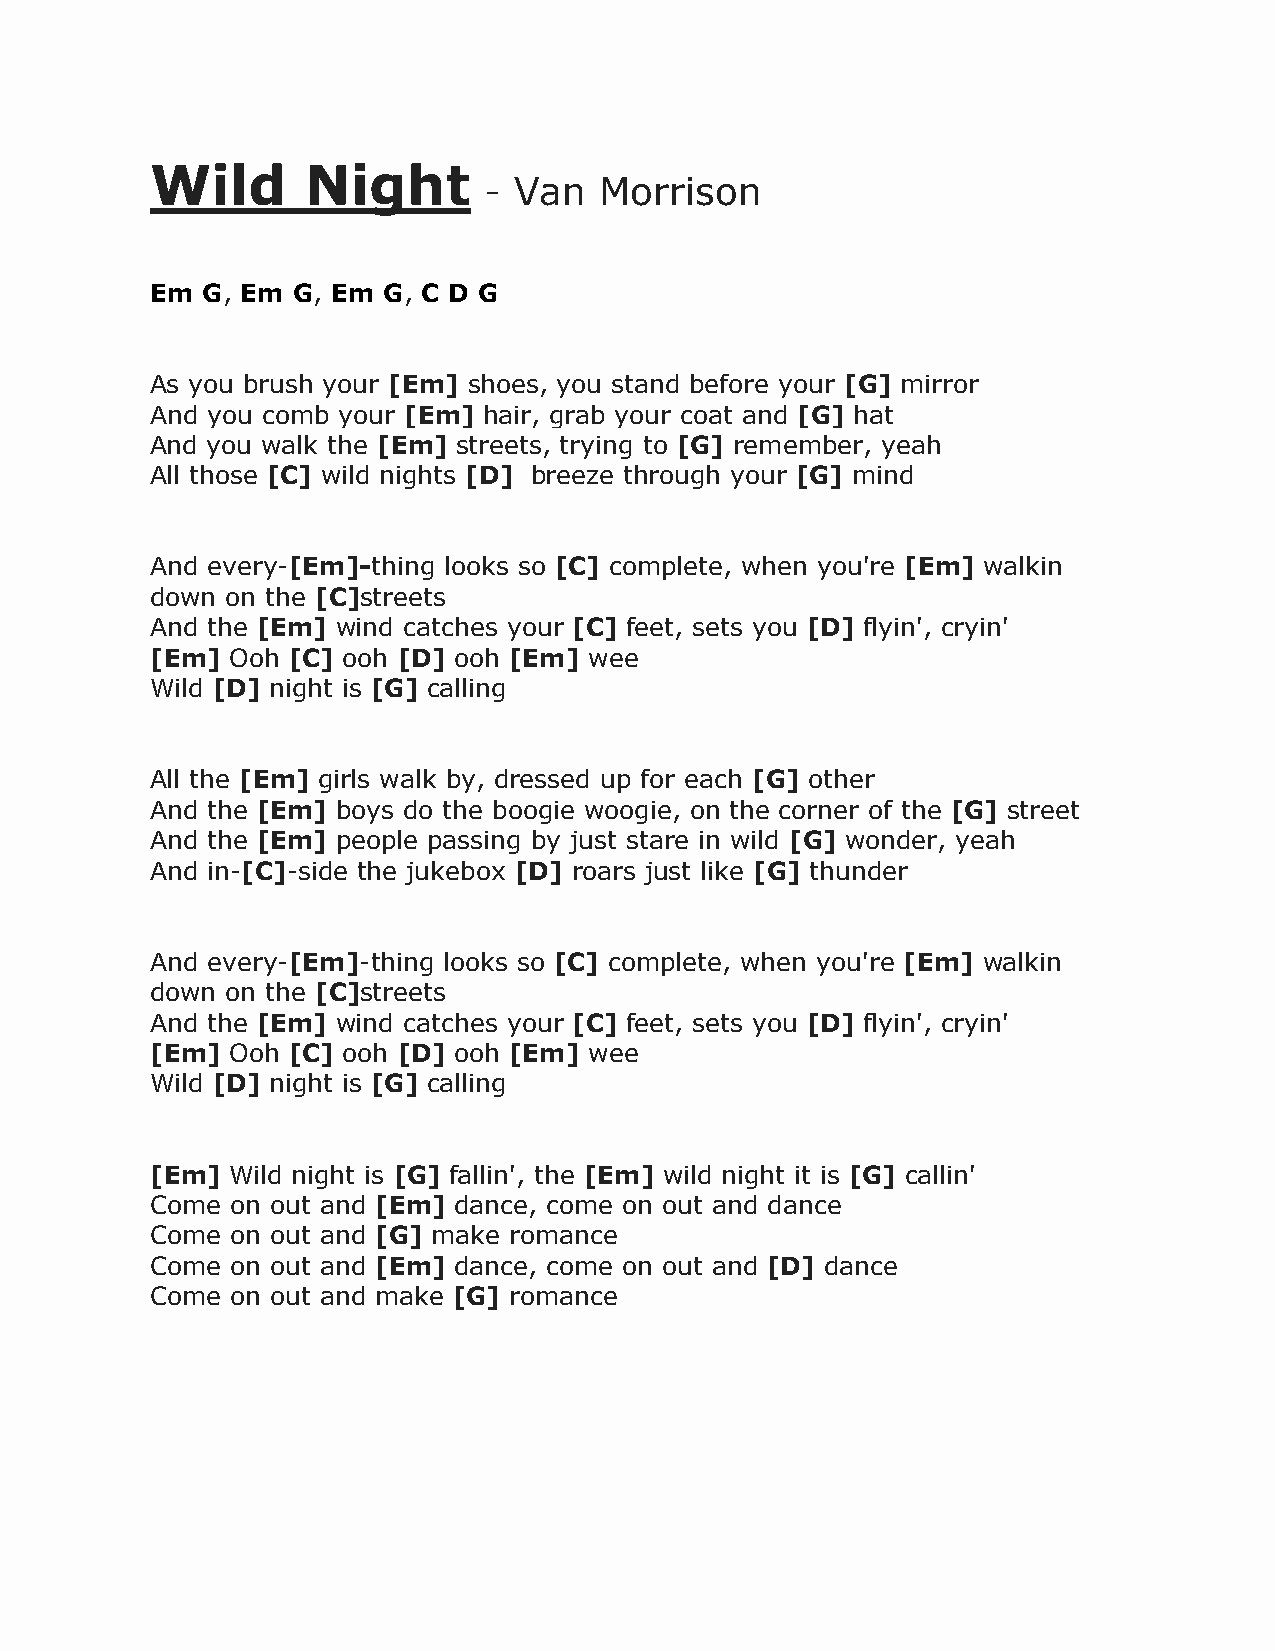
Wild      Night
 - Van   Morrison
 Em G, Em G, Em G, C D G
 As you brush your [Em] shoes, you stand before your [G] mirror
 And you comb your [Em] hair, grab your coat and [G] hat
 And you walk the [Em] streets, trying to [G] remember, yeah
 All those [C] wild nights [D] breeze through your [G] mind
 And every-[Em]-thing looks so [C] complete, when you're [Em] walkin
 down on the [C]streets
 And the [Em] wind catches your [C] feet, sets you [D] flyin', cryin'
 [Em] Ooh [C] ooh [D] ooh [Em] wee
 Wild [D] night is [G] calling
 All the [Em] girls walk by, dressed up for each [G] other
 And the [Em] boys do the boogie woogie, on the corner of the [G] street
 And the [Em] people passing by just stare in wild [G] wonder, yeah
 And in-[C]-side the jukebox [D] roars just like [G] thunder
 And every-[Em]-thing looks so [C] complete, when you're [Em] walkin
 down on the [C]streets
 And the [Em] wind catches your [C] feet, sets you [D] flyin', cryin'
 [Em] Ooh [C] ooh [D] ooh [Em] wee
 Wild [D] night is [G] calling
 [Em] Wild night is [G] fallin', the [Em] wild night it is [G] callin'
 Come on out and [Em] dance, come on out and dance
 Come on out and [G] make romance
 Come on out and [Em] dance, come on out and [D] dance
 Come on out and make [G] romance